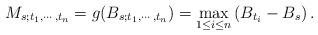
LaTeX: \begin{align*}M_{s;t_{1},\cdots,t_{n}}=g(B_{s;t_{1},\cdots,t_{n}})=\max_{1\leq i\leq n}\left(B_{t_{i}}-B_{s}\right).\end{align*}